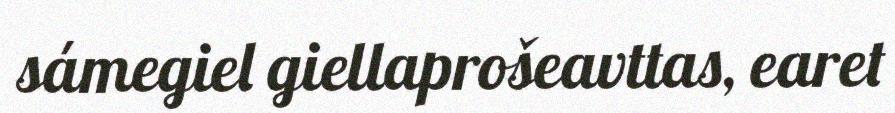
sámegiel giellaprošeavttas, earet